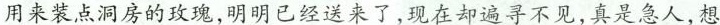
用来装点洞房的致现，明明已经送来了，现在却遍寻不见，真是急人，想